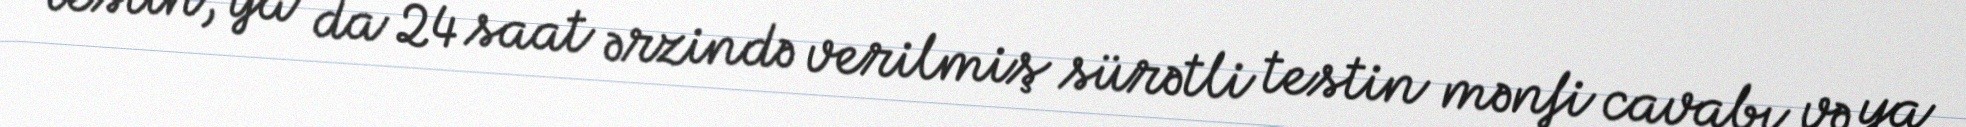
testin, ya da 24 saat ərzində verilmiş sürətli testin mənfi cavabı və ya